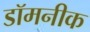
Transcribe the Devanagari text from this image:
डॉमनीक